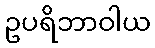
ဥပရိဘာဝါယ